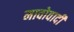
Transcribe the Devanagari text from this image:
मावोवादी